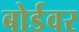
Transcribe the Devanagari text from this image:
बोर्डवर